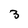
Character: 3